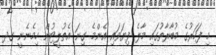
މި ފަހަރުގެ މުބާރާތުގައި މާލެ ފިޔަވައި އެންމެ ގިނަ އެތުލީޓުން ހިމެނެނީ ގދ.